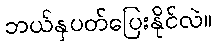
ဘယ်နှပတ်ပြေးနိုင်လဲ။